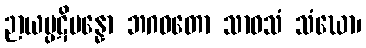
ဉာယပ္ပဋိပန္နော ဘဂဝတော သာဝသံ သံဃော၊